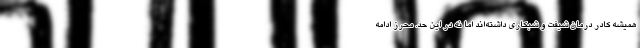
همیشه کادر درمان شیفت و شبکاری داشته‌اند اما نه در این حد. محرز ادامه